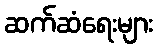
ဆက်ဆံရေးများ